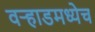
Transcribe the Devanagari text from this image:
वर्‍हाडमध्येच